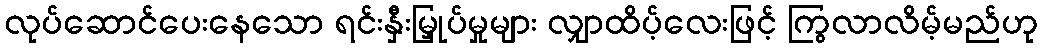
လုပ်ဆောင်ပေးနေသော ရင်းနှီးမြှုပ်မှုများ လျှာထိပ့်လေးဖြင့် ကြွလာလိမ့်မည်ဟု